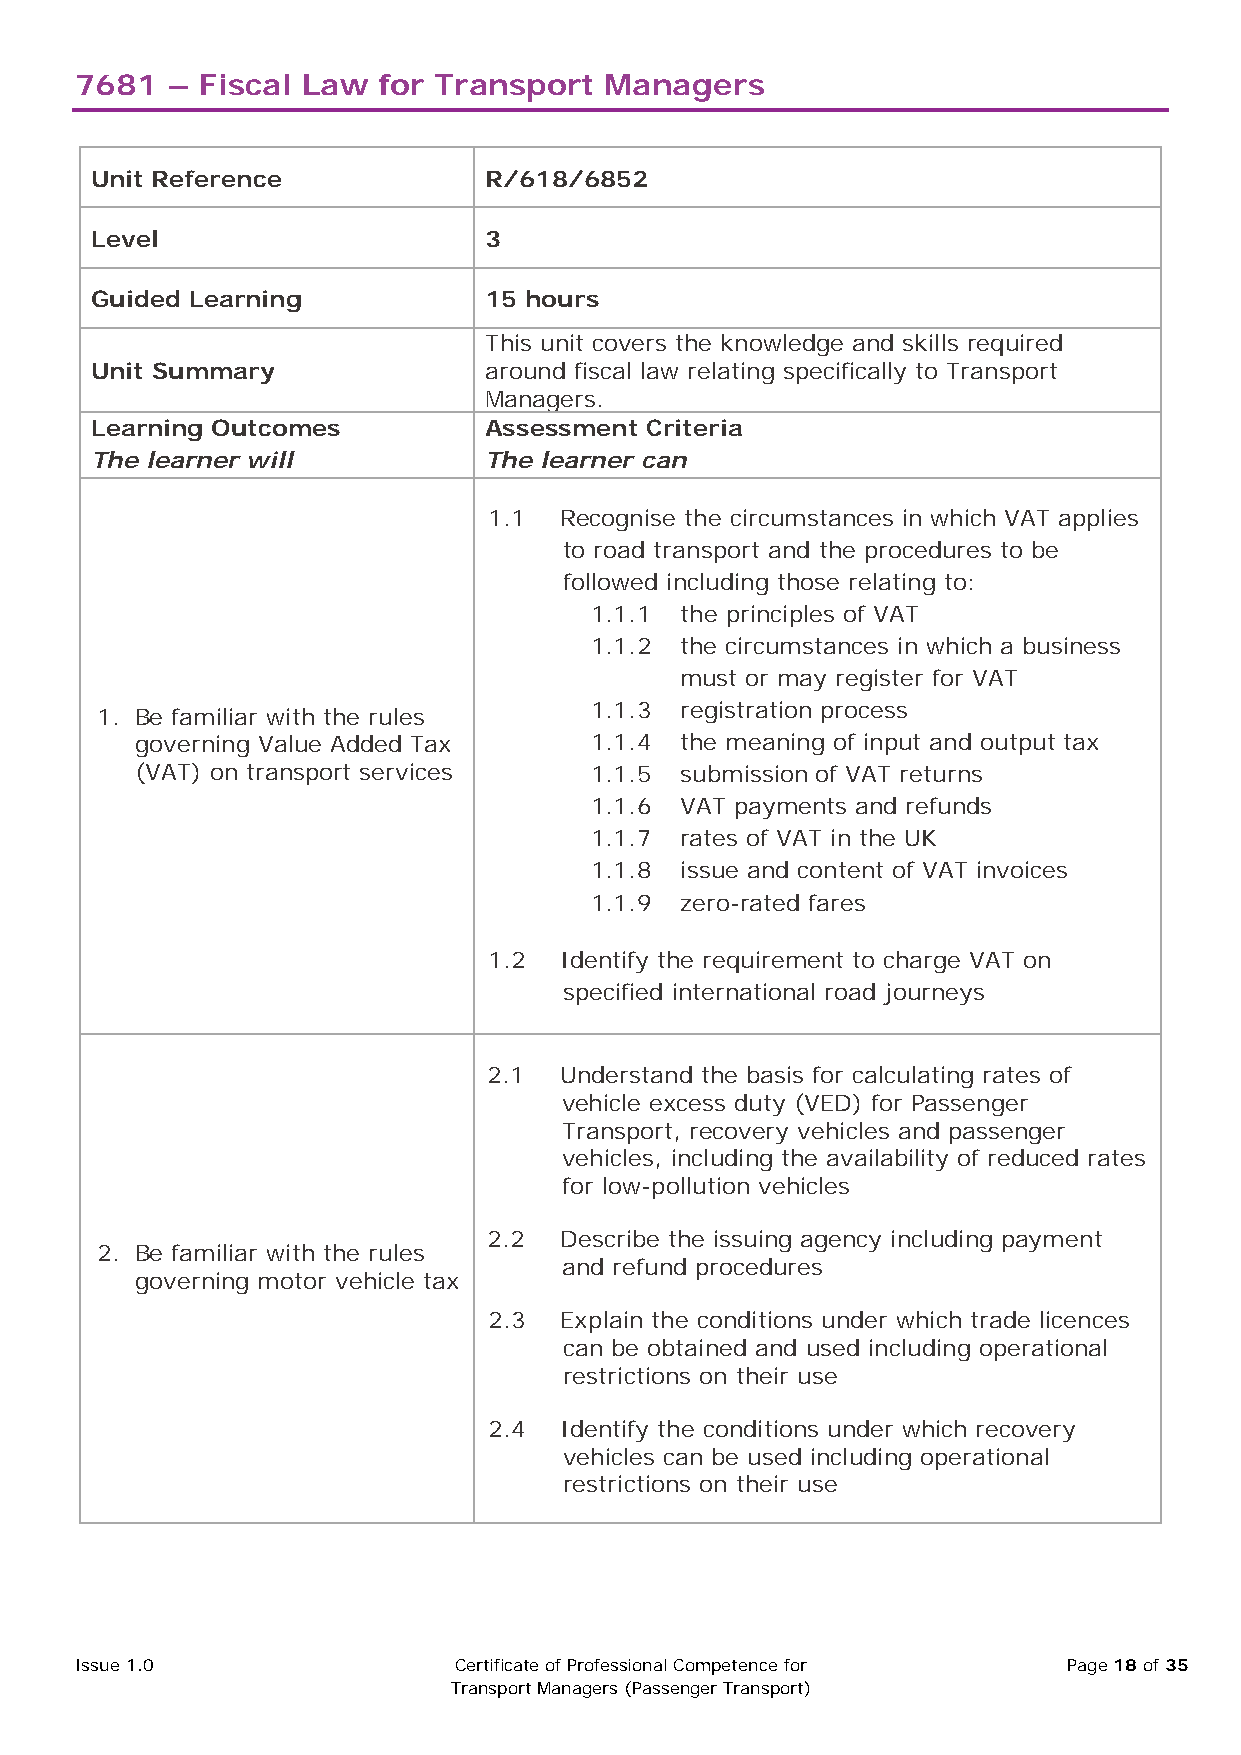
7681  – Fiscal Law  for Transport  Managers
 Unit Reference            R/618/6852
 Level                     3
 Guided Learning           15 hours
 This unit covers the knowledge and skills required
 Unit Summary              around fiscal law relating specifically to Transport
 Managers.
 Learning Outcomes         Assessment Criteria
 The learner will          The learner can
 1.1  Recognise the circumstances in which VAT applies
 to road transport and the procedures to be
 followed including those relating to:
 1.1.1 the principles of VAT
 1.1.2 the circumstances in which a business
 must or may register for VAT
 1. Be familiar with the rules
 1.1.3 registration process
 governing Value Added Tax     1.1.4 the meaning of input and output tax
 (VAT) on transport services   1.1.5 submission of VAT returns
 1.1.6 VAT payments and refunds
 1.1.7 rates of VAT in the UK
 1.1.8 issue and content of VAT invoices
 1.1.9 zero-rated fares
 1.2  Identify the requirement to charge VAT on
 specified international road journeys
 2.1  Understand the basis for calculating rates of
 vehicle excess duty (VED) for Passenger
 Transport, recovery vehicles and passenger
 vehicles, including the availability of reduced rates
 for low-pollution vehicles
 2.2  Describe the issuing agency including payment
 2. Be familiar with the rules
 and refund procedures
 governing motor vehicle tax
 2.3  Explain the conditions under which trade licences
 can be obtained and used including operational
 restrictions on their use
 2.4  Identify the conditions under which recovery
 vehicles can be used including operational
 restrictions on their use
 Issue 1.0                Certificate of Professional Competence for Page 18 of 35
 Transport Managers (Passenger Transport)